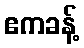
ဧကခန့်